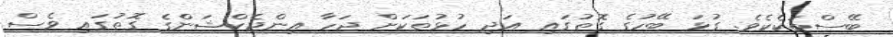
ބޭސްތަކެކެވެ. ގުޅަ ބޭހުގެ ގޮތުގައި އަދި ހުޅުތަކަށް ޖަހާ އިންޖެކްޝަންގެ ގޮތުގައި ވެސް